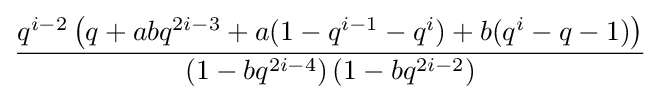
{\frac {q^{i-2}\left(q+abq^{2i-3}+a(1-q^{i-1}-q^{i})+b(q^{i}-q-1)\right)}{\left(1-bq^{2i-4}\right)\left(1-bq^{2i-2}\right)}}